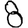
Digit: 8